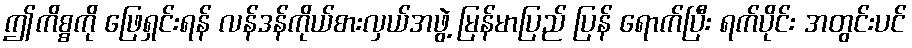
ဤကိစ္စကို ဖြေရှင်းရန် လန်ဒန်ကိုယ်စားလှယ်အဖွဲ့ မြန်မာပြည် ပြန် ရောက်ပြီး ရက်ပိုင်း အတွင်းပင်